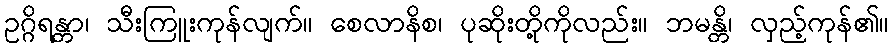
ဥဂ္ဂိရန္တာ၊ သီးကြူးကုန်လျက်။ စေလာနိစ၊ ပုဆိုးတို့ကိုလည်း။ ဘမန္တိ၊ လှည့်ကုန်၏။